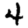
Digit: 4